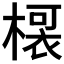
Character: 𭫡